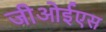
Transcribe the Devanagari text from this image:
जीओईएस